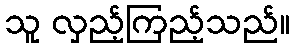
သူ လှည့်ကြည့်သည်။